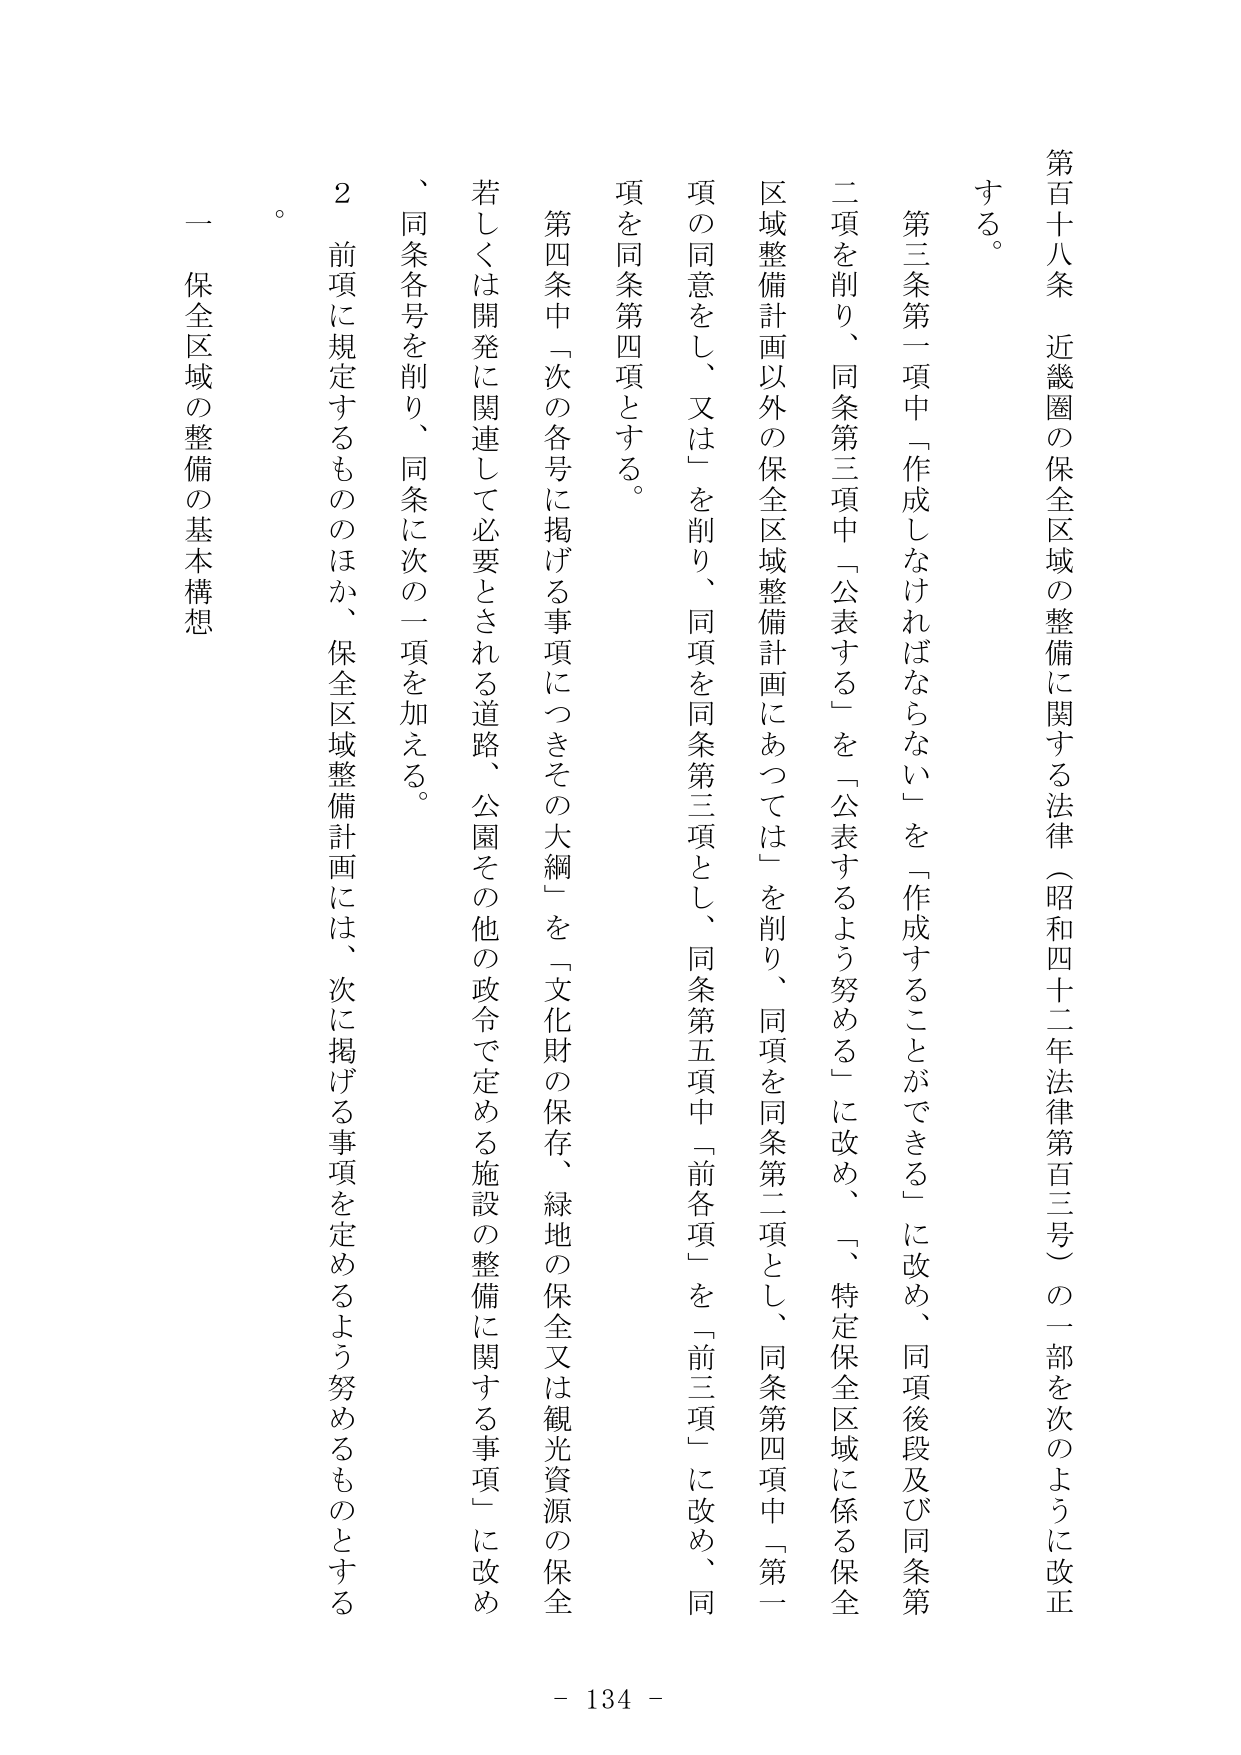
第百十八条 近畿圏の保全区域の整備に関する法律（昭和四十二年法律第百三号）の一部を次のように改正する。

第三条第一項中「作成しなければならない」を「作成することができる」に改め、同項後段及び同条第二項を削り、同条第三項中「公表する」を「公表するよう努める」に改め、「、特定保全区域に係る保全区域整備計画以外の保全区域整備計画にあっては」を削り、同項を同条第二項とし、同条第四項中「第一項の同意をし、又は」を削り、同項を同条第三項とし、同条第五項中「前各項」を「前三項」に改め、同項を同条第四項とする。

第四条中「次の各号に掲げる事項につきその大綱」を「文化財の保存、緑地の保全又は観光資源の保全若しくは開発に関連して必要とされる道路、公園その他の政令で定める施設の整備に関する事項」に改め、同条各号を削り、同条に次の一項を加える。

２ 前項に規定するもののほか、保全区域整備計画には、次に掲げる事項を定めるよう努めるものとする。

一 保全区域の整備の基本構想

- 134 -